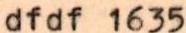
dfdf 1635